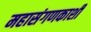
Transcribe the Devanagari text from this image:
महासंगणकाशी